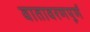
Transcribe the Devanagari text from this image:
वातावरणपूर्ण